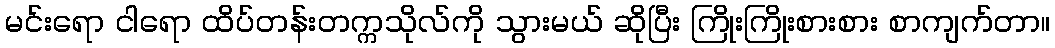
မင်းရော ငါရော ထိပ်တန်းတက္ကသိုလ်ကို သွားမယ် ဆိုပြီး ကြိုးကြိုးစားစား စာကျက်တာ။